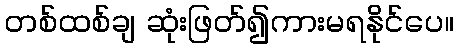
တစ်ထစ်ချ ဆုံးဖြတ်၍ကားမရနိုင်ပေ။